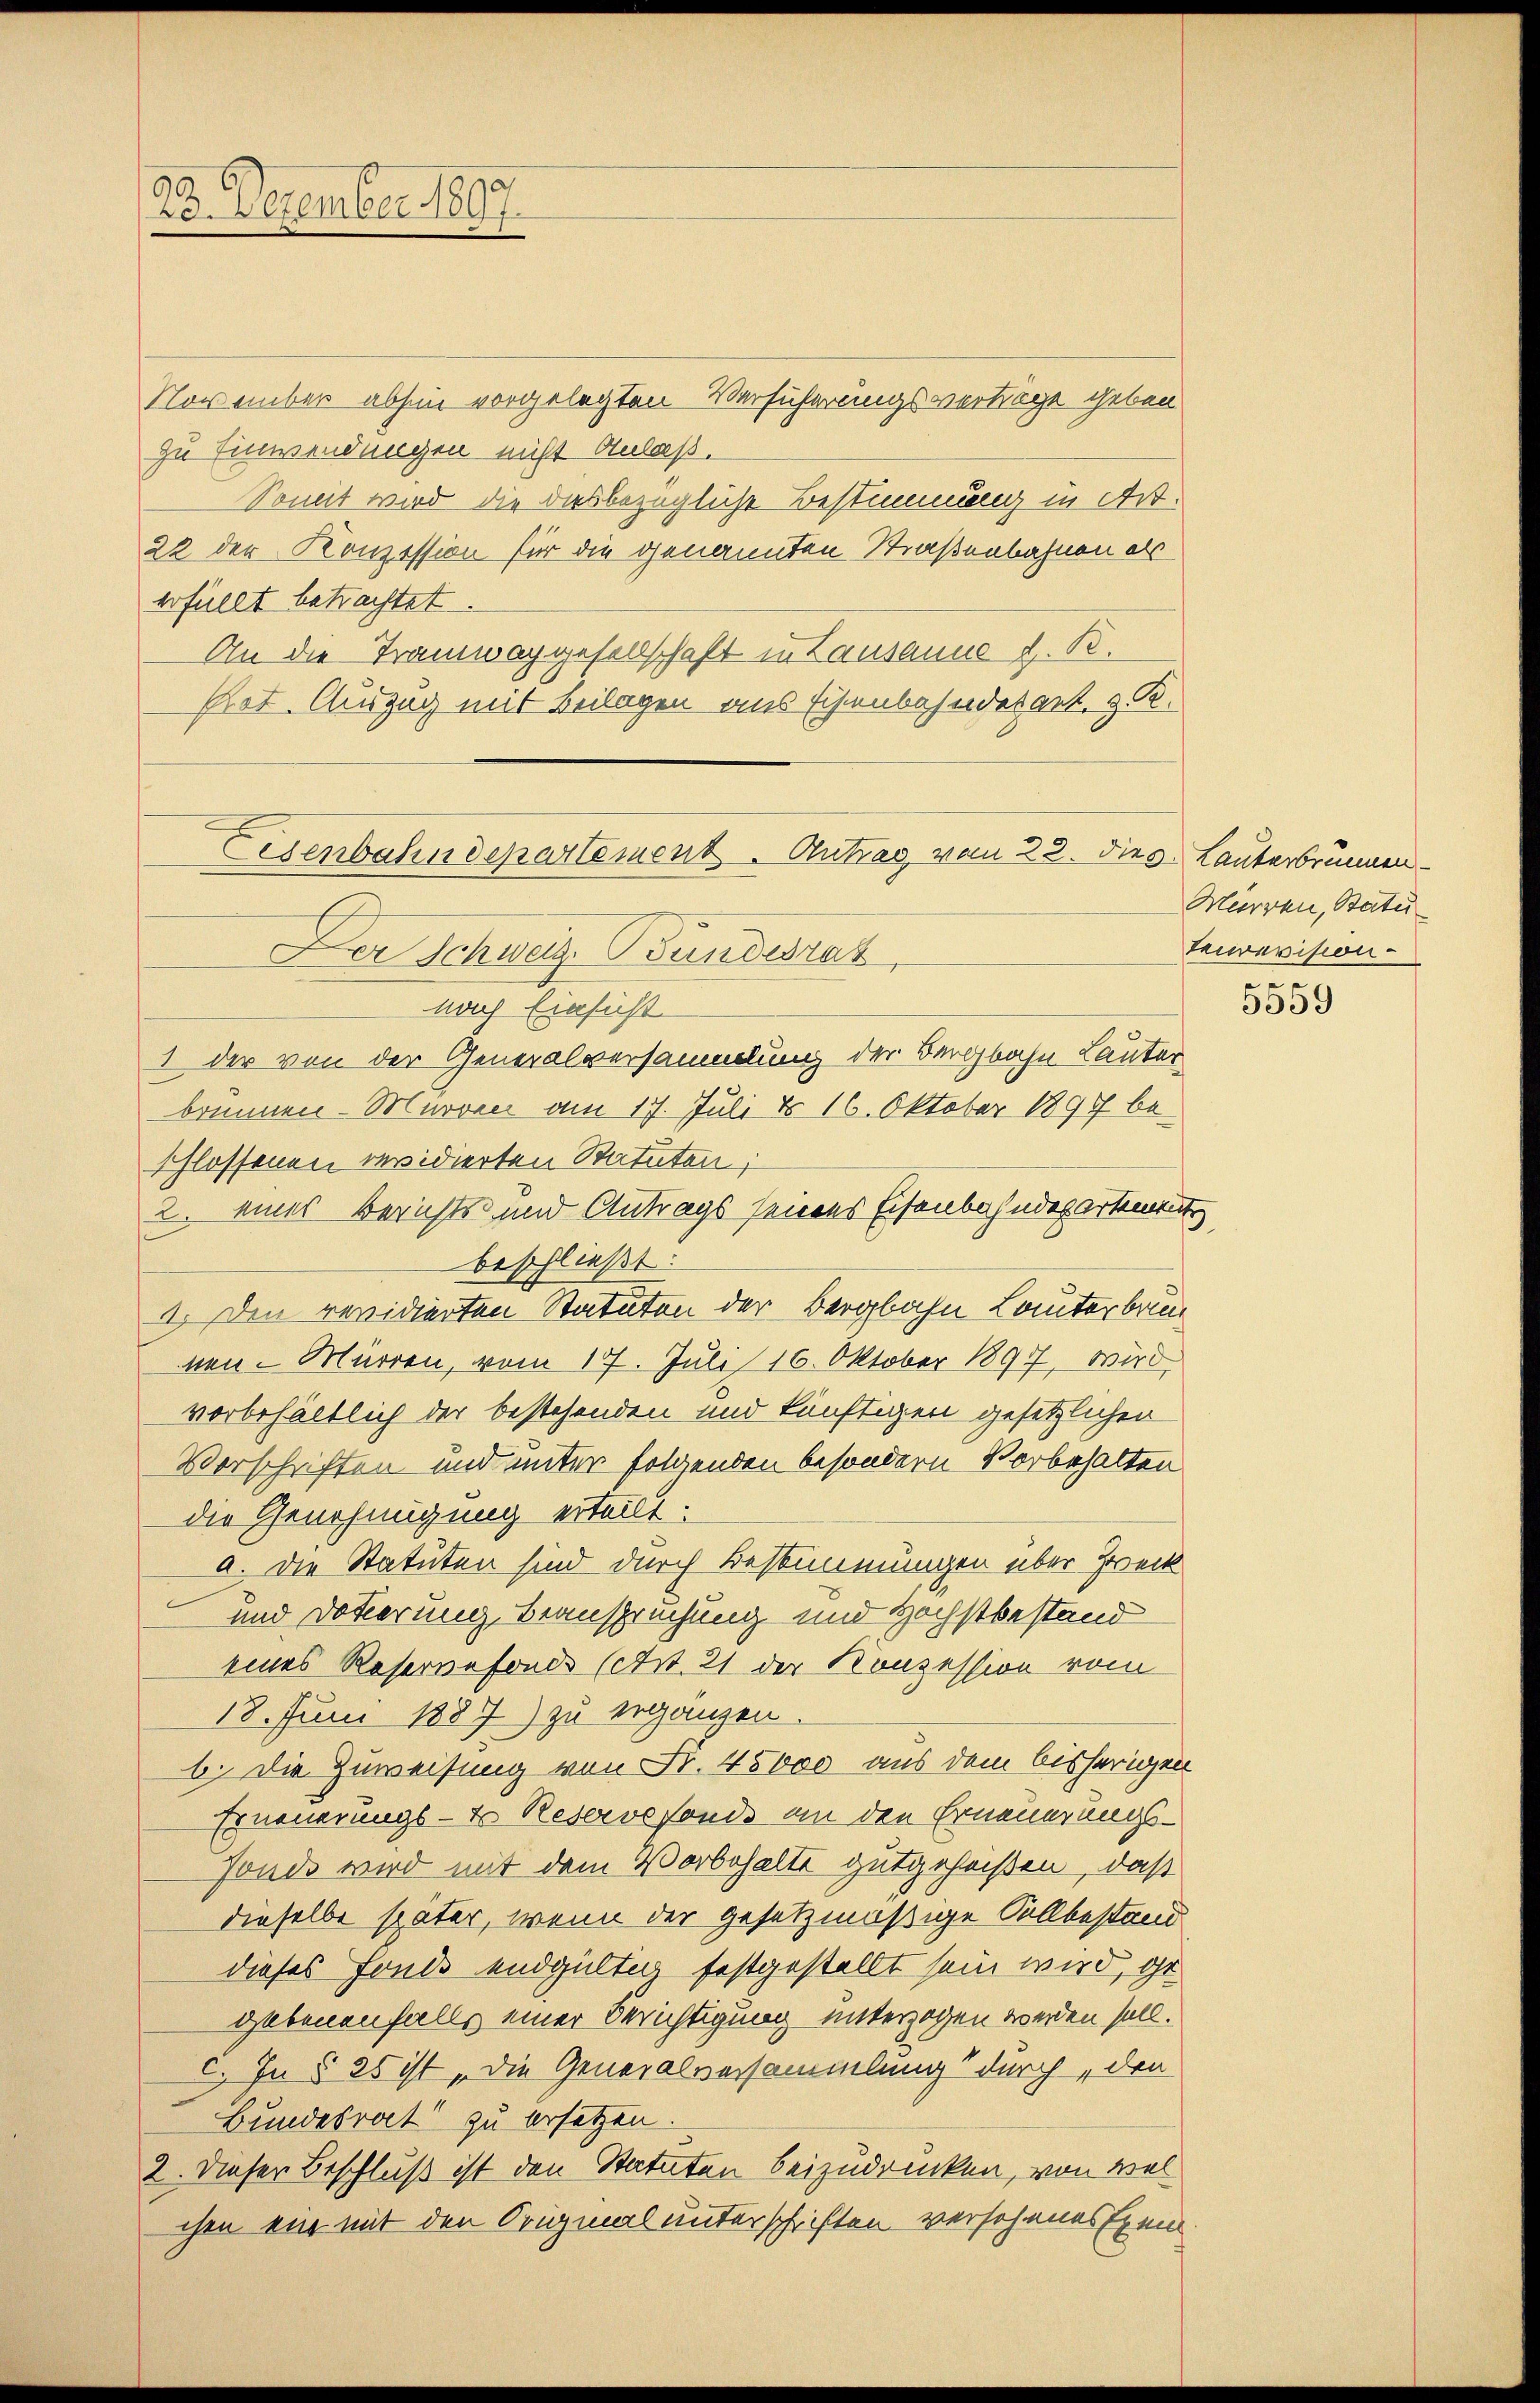
November abhin vorgelegten Verführungsverträge geben
zu Einwendungen nicht Anlaß.
Somit wird die das bezügliche Bestimmung in Art.
22 der Konzession für die genannten Straßenbahnen als
erfüllt betrachtet.
An die Tramwaggesellschaft in Lausanne d. R.
Plot. Auszug mit Beilagen aus Eisenbahnderart, z. R.

9
23. Dezember 1897.

Eisenbahndepartement. Antrag, vom 22. dies. Lauterbrunnen
Der Schweiz. Bundesrat
nach Einsicht

1 der von der Generalversammlung der Bergbahn Lauter
brunnen - Murvier am 17. Juli d. 16. Oktober 1897 beschlossenen revidierten Statuten;
2. eines Berichts- und Antrags seinens Eisenbahndepartement,
beschließt:
1. Den revidierten Statuten der Bergbahn Lauterbr
nen. Mürren, vom 17. Juli 16. Oktober 1897, wird
vorbehältlich der bestehenden und künftigen gesetzlichen
Vorschriften und unter folgenden besondern Vorbehalten
die Genehmigung erteilt.
a. Die Statuten sind durch Bestimmungen über Zweck
und Dotierung Beansprechung und Höchstbestand
eines Reservefonds (Art. 21 der Konzession vom
18. Juni 1887 zu ergänzen.
b. Die Zuweisung von Fr. 45000 aus dem bisherigen
Erneuerungs-Er Reservefonds an den Erneuerungs-
Fonde wird mit dem Vorbehalte gutgeheißen, daß
dieselbe später, wenn der gesetzmäßige Sollbestand
dieses Fonds endgültig festgestellt sein wird, gegebenenfalls einer Berichtigung unterzogen werden soll.
c. In § 25 ist „die Generalversammlung durch, den
Bundesrat zu ersetzen.
2. Dieser Beschluß ist den Statuten beizudrücken, von viel
chen ein mit den Original unterschriften versehenes Exem

Mürren, Statu
tecrevision.
e

5559